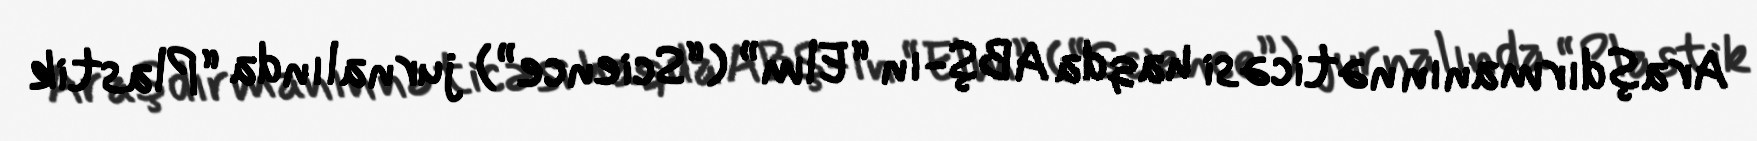
Araşdırmanın nəticəsi haqda ABŞ-ın “Elm” (“Science”) jurnalında “Plastik